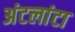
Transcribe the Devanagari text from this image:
अंटलांटा